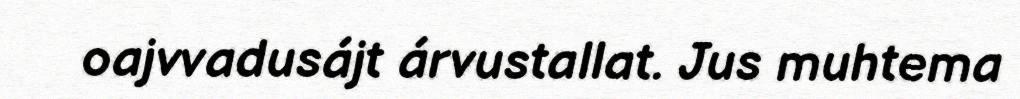
oajvvadusájt árvustallat. Jus muhtema